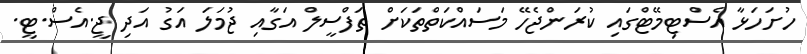
ހުށަހަޅާ އެސްޓިމޭޓްގައި ކުރަންޖެހޭ މަސައްކަތްތަކަށް ތަފްސީލް އަގާއި ޖުމަލަ އަގު އަދި ޖީ.އެސް.ޓީ.